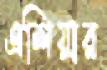
এশিয়ার